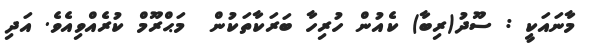
މާނައަކީ : ސޫދު(ރިބާ) ކެއުން ހުރިހާ ބަރަކާތަކުން  މަޙްރޫމް ކުރެއްވިއެވެ. އަދި